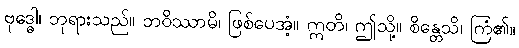
ဗုဒ္ဓေါ၊ ဘုရားသည်။ ဘဝိဿာမိ၊ ဖြစ်ပေအံ့။ ဣတိ၊ ဤသို့။ စိန္တေသိ၊ ကြံ၏။